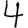
Digit: 4